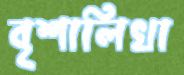
বৃশালিখা